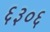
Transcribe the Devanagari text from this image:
६३०६